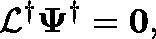
\mathcal { L } ^ { \dagger } \mathbf { \Psi } ^ { \dagger } = \mathbf { 0 } ,